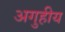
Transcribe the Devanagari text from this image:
अगुहीय